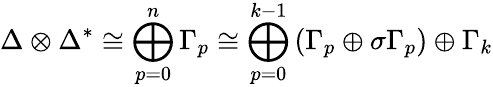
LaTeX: \Delta\otimes\Delta^{*}\cong\bigoplus_{p=0}^{n}\Gamma_{p}\cong\bigoplus_{p=0}^{k-1}\left(\Gamma_{p}\oplus\sigma\Gamma_{p}\right)\oplus\Gamma_{k}